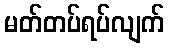
မတ်တပ်ရပ်လျက်